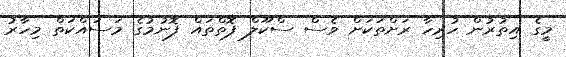
މީގެ އިތުރުން ހުރިހާ ރަށްތަކަށް ވެސް ސްކޫލް ފޮތްތައް ފޮނުމުގެ މަސައްކަތް މިހާރު